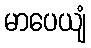
မာပေယျံ